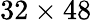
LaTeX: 32\times 48